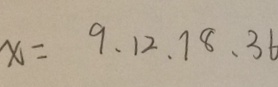
x = 9 、 1 2 、 7 8 、 3 6